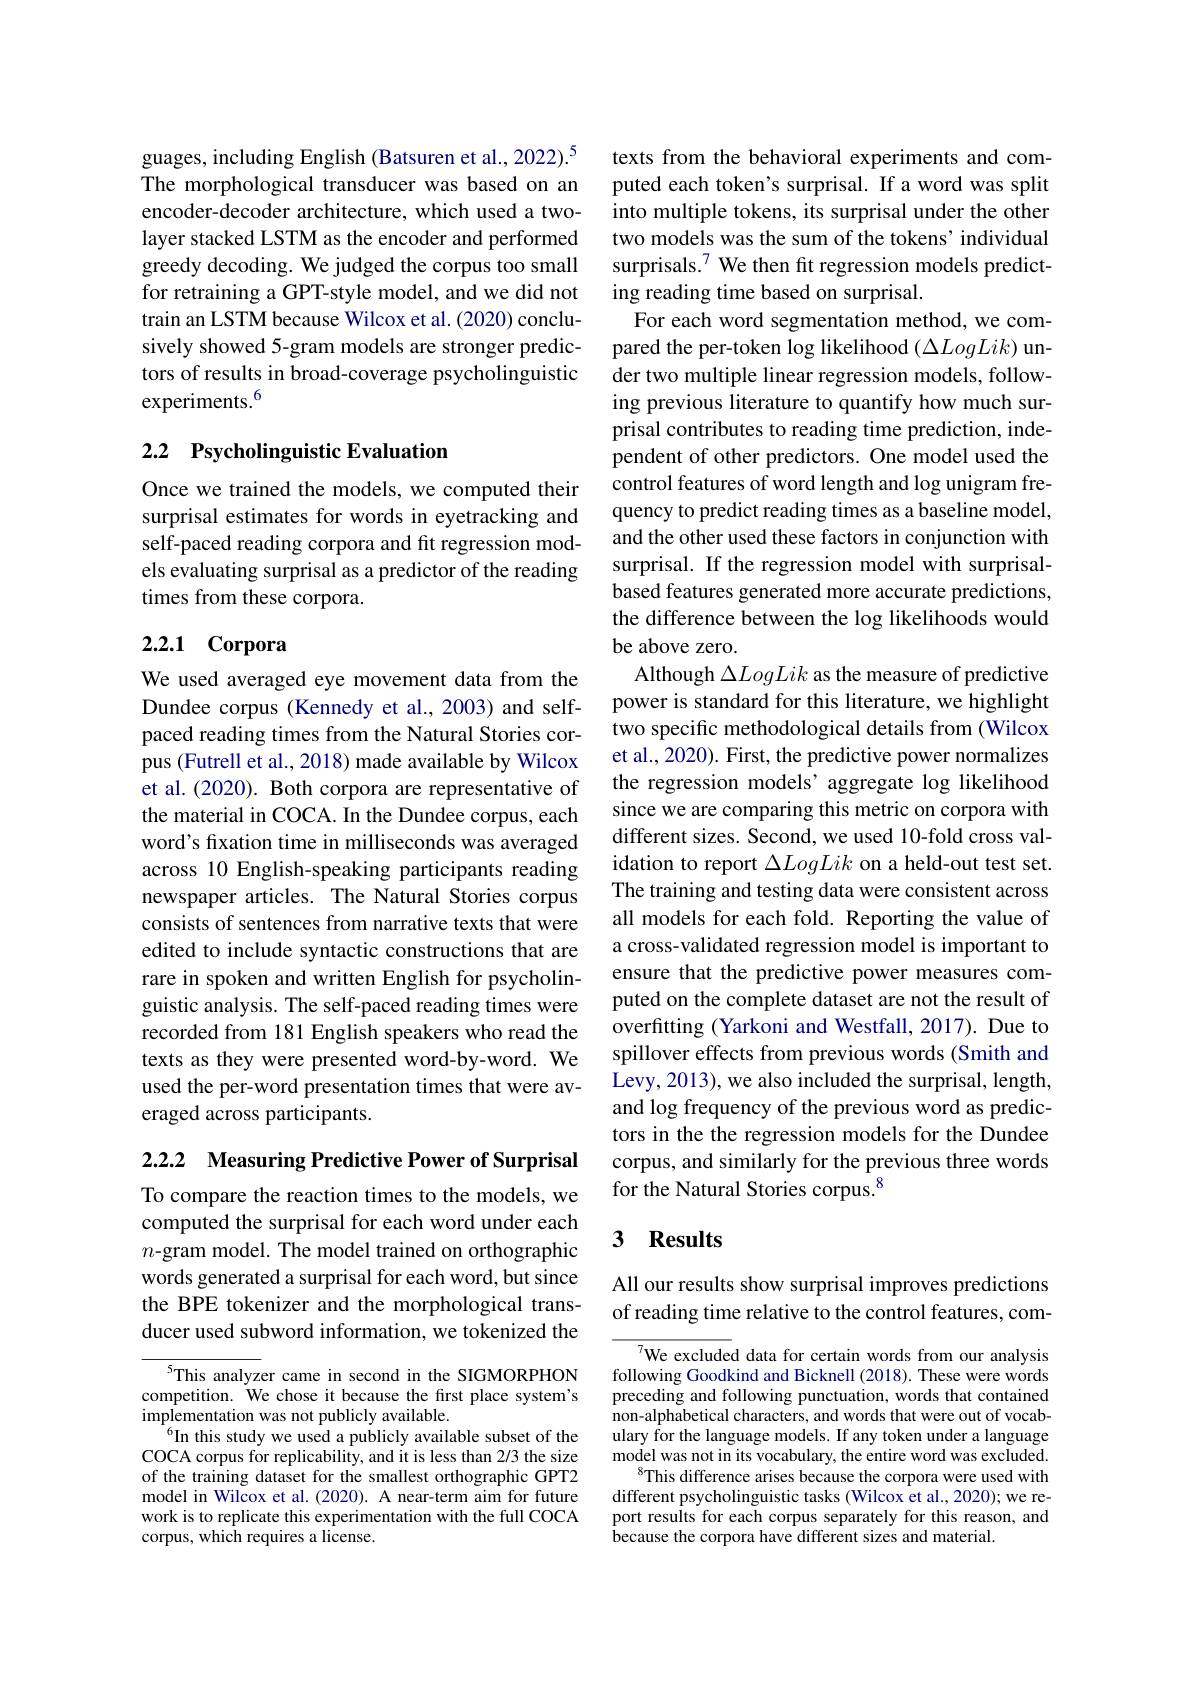
guages, including English (Batsuren et al., 2022).$^{5}$ The morphological transducer was based on an encoder-decoder architecture, which used a twolayer stacked LSTM as the encoder and performed greedy decoding. We judged the corpus too small for retraining a GPT-style model, and we did not train an LSTM because Wilcox et al. (2020) conclusively showed 5-gram models are stronger predictors of results in broad-coverage psycholinguistic experiments.$^{6}$

## 2.2 Psycholinguistic Evaluation

Once we trained the models, we computed their surprisal estimates for words in eyetracking and self-paced reading corpora and fit regression models evaluating surprisal as a predictor of the reading times from these corpora.

# 2.2.1 Corpora

We used averaged eye movement data from the Dundee corpus (Kennedy et al., 2003) and selfpaced reading times from the Natural Stories corpus (Futrell et al., 2018) made available by Wilcox et al. (2020). Both corpora are representative of the material in COCA. In the Dundee corpus, each word's fixation time in milliseconds was averaged across 10 English-speaking participants reading newspaper articles. The Natural Stories corpus consists of sentences from narrative texts that were edited to include syntactic constructions that are rare in spoken and written English for psycholinguistic analysis. The self-paced reading times were recorded from 181 English speakers who read the texts as they were presented word-by-word. We used the per-word presentation times that were averaged across participants.

2.2.2 Measuring Predictive Power of Surprisal

To compare the reaction times to the models, we computed the surprisal for each word under each $n\textbf{- gram model. The model trained on orthographic}$ words generated a surprisal for each word, but since the BPE tokenizer and the morphological transducer used subword information, we tokenized the

$^{5}$This analyzer came in second in the SIGMORPHON competition. We chose it because the first place system's $\hat{\text{implementation was not publicly available.}}$
$^{6}$In this study we used a publicly available subset of the COCA corpus for replicability, and it is less than 2/3 the size of the training dataset for the smallest orthographic GPT2 model in Wilcox et al. (2020). A near-term aim for future work is to replicate this experimentation with the full COCA corpus, which requires a license.

texts from the behavioral experiments and computed each token's surprisal. If a word was split into multiple tokens, its surprisal under the other two models was the sum of the tokens' individual surprisals.$^{7}$ We then fit regression models predicting reading time based on surprisal.
For each word segmentation method, we compared the per-token log likelihood $(\Delta LogLik)$ under two multiple linear regression models, following previous literature to quantify how much surprisal contributes to reading time prediction, independent of other predictors. One model used the control features of word length and log unigram frequency to predict reading times as a baseline model, and the other used these factors in conjunction with surprisal. If the regression model with surprisalbased features generated more accurate predictions, the difference between the log likelihoods would be above zero.
Although $\Delta LogLik$ as the measure of predictive power is standard for this literature, we highlight two specific methodological details from (Wilcox et al., 2020). First, the predictive power normalizes the regression models’aggregate log likelihood since we are comparing this metric on corpora with different sizes. Second, we used 10-fold cross validation to report $\Delta LogLik$ on a held-out test set. The training and testing data were consistent across all models for each fold. Reporting the value of a cross-validated regression model is important to ensure that the predictive power measures computed on the complete dataset are not the result of overfitting (Yarkoni and Westfall, 2017). Due to spillover effects from previous words (Smith and Levy, 2013), we also included the surprisal, length, and log frequency of the previous word as predictors in the the regression models for the Dundee corpus, and similarly for the previous three words for the Natural Stories corpus.$^{8}$

## 3 Results

All our results show surprisal improves predictions of reading time relative to the control features, com-

${}^{7}$We excluded data for certain words from our analysis following Goodkind and Bicknell (2018). These were words preceding and following punctuation, words that contained non-alphabetical characters, and words that were out of vocabulary for the language models. If any token under a language model was not in its vocabulary, the entire word was excluded.
This difference arises because the corpora were used with different psycholinguistic tasks (Wilcox et al., 2020); we report results for each corpus separately for this reason, and because the corpora have different sizes and material.